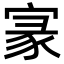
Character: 𡩚